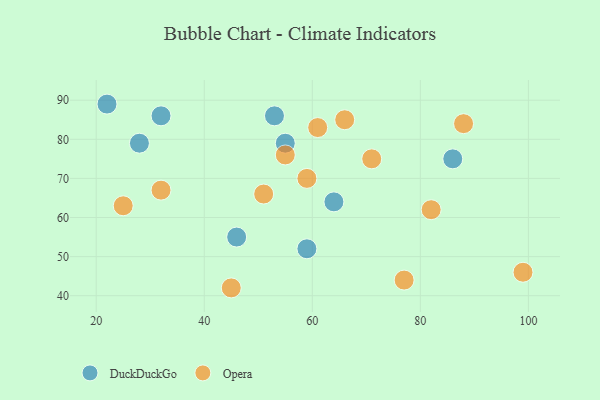
{"axis": {"x": "GDP", "y": "Life Expectancy"}, "legend": ["DuckDuckGo", "Opera"], "data": [{"x": "22", "y": 89, "type": "DuckDuckGo"}, {"x": "28", "y": 79, "type": "DuckDuckGo"}, {"x": "64", "y": 64, "type": "DuckDuckGo"}, {"x": "32", "y": 86, "type": "DuckDuckGo"}, {"x": "46", "y": 55, "type": "DuckDuckGo"}, {"x": "59", "y": 52, "type": "DuckDuckGo"}, {"x": "55", "y": 79, "type": "DuckDuckGo"}, {"x": "53", "y": 86, "type": "DuckDuckGo"}, {"x": "86", "y": 75, "type": "DuckDuckGo"}, {"x": "51", "y": 66, "type": "Opera"}, {"x": "77", "y": 44, "type": "Opera"}, {"x": "82", "y": 62, "type": "Opera"}, {"x": "71", "y": 75, "type": "Opera"}, {"x": "59", "y": 70, "type": "Opera"}, {"x": "55", "y": 76, "type": "Opera"}, {"x": "45", "y": 42, "type": "Opera"}, {"x": "88", "y": 84, "type": "Opera"}, {"x": "66", "y": 85, "type": "Opera"}, {"x": "61", "y": 83, "type": "Opera"}, {"x": "99", "y": 46, "type": "Opera"}, {"x": "32", "y": 67, "type": "Opera"}, {"x": "25", "y": 63, "type": "Opera"}]}